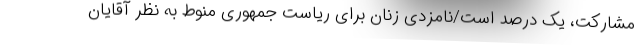
مشارکت، یک درصد است/نامزدی زنان برای ریاست جمهوری منوط به نظر آقایان